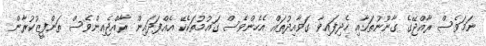
ނަމަވެސް ރާއްޖޭގެ ގާނޫނުތަކާއި ހެދިފައިވާ ގަވާއިދުތައް އެހެންވެސް ގައުމުތަކެކޭ އެއްފަދައިން ރާއްޖެއިންވެސް ތަންފީޒުކުރާން